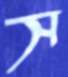
স